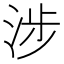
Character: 涉